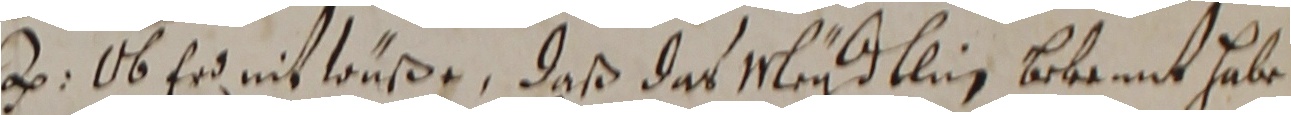
. ob er nit wuße, daß das meydlin bekennt habe.